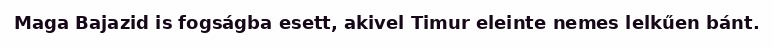
Maga Bajazid is fogságba esett, akivel Timur eleinte nemes lelkűen bánt.